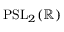
\mathrm { P S L } _ { 2 } ( \mathbb { R } )